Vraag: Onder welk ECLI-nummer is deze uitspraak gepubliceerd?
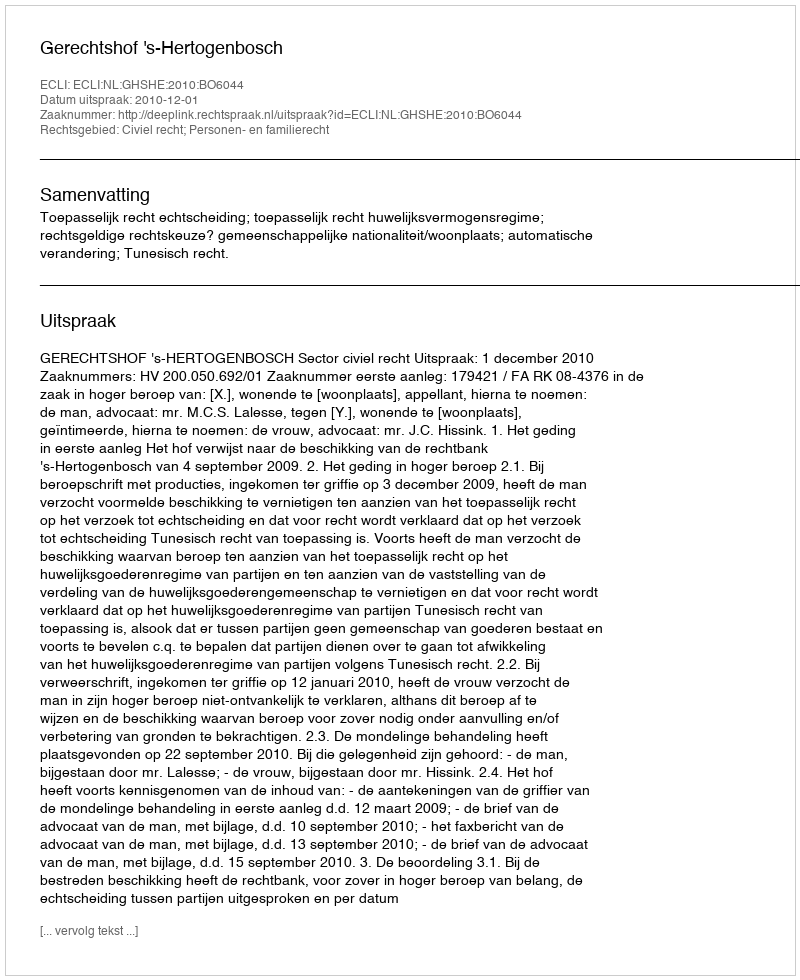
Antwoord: ECLI:NL:GHSHE:2010:BO6044